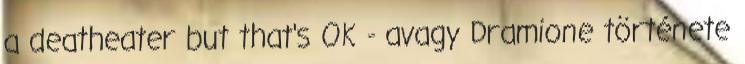
a deatheater but that's OK - avagy Dramione története